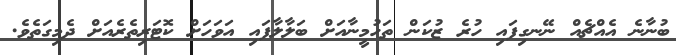
ބުނާނެ އެއްޗެއް ނޭނގިފައި ހުރެ ޒުކަން ތަހުމީނާއަށް ބަލާލާފައި އަވަހަށް ކޮޓަރިތެރެއަށް ދެމިގަތެވެ.